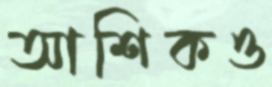
আশিকও